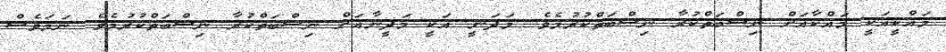
މައްކީއަކީ މައްކާއަށް ނިސްބަތްކުރާ ނިސްބަތްކުރުމެވެ. މަދަނީ އަކީ މަދީނާއަށް ނިސްބަތްކުރާ ނިސްބަތްކުރުމެވެ. ނަމަވެސް